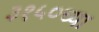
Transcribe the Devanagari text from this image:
३१५०च्या